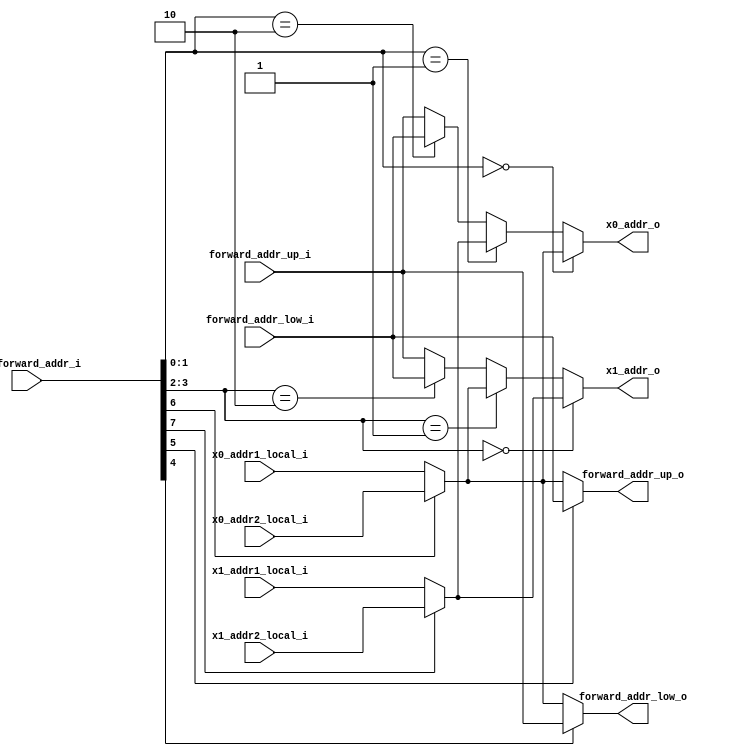
// This program was cloned from: https://github.com/colognechip/gatemate_ila
// License: GNU General Public License v3.0

// Company           :   racyics
//
// Project Name      :   p_cc
// Subproject Name   :   s_fpga, dpsram_block_4x512x20
// Description       :   <short description>
//
// Create Date       :   
// Last Change       :   $Date: 2015-03-26 09:25:47 +0100 (Thu, 26 Mar 2015) $
// by                :   $Author: winter $
//------------------------------------------------------------

module forward_selection_addr
  (input  wire [7:0]  cfg_forward_addr_i,
   
   input  wire [15:0] x0_addr1_local_i,
   input  wire [15:0] x0_addr2_local_i,
   input  wire [15:0] x1_addr1_local_i,
   input  wire [15:0] x1_addr2_local_i,
   input  wire [15:0] forward_addr_up_i,
   input  wire [15:0] forward_addr_low_i,
   
   output wire [15:0] forward_addr_up_o,
   output wire [15:0] forward_addr_low_o,
   
   output wire [15:0] x0_addr_o,
   output wire [15:0] x1_addr_o
   );

   wire [15:0] x0_addr_local;
   wire [15:0] x1_addr_local;
                      
   assign x0_addr_local = (cfg_forward_addr_i[6]==1'b0) ? x0_addr1_local_i : x0_addr2_local_i;
   assign x1_addr_local = (cfg_forward_addr_i[7]==1'b0) ? x1_addr1_local_i : x1_addr2_local_i;


   assign x0_addr_o = (cfg_forward_addr_i[1:0]==2'b00) ? x0_addr_local : 
                      (cfg_forward_addr_i[1:0]==2'b01) ? x1_addr_local : 
                      (cfg_forward_addr_i[1:0]==2'b10) ? forward_addr_low_i : 
                                                         forward_addr_up_i;

   assign x1_addr_o = (cfg_forward_addr_i[3:2]==2'b00) ? x1_addr_local : 
                      (cfg_forward_addr_i[3:2]==2'b01) ? x0_addr_local : 
                      (cfg_forward_addr_i[3:2]==2'b10) ? forward_addr_low_i : 
                                                         forward_addr_up_i;

   assign forward_addr_up_o  = (cfg_forward_addr_i[5]==1'b0) ? x0_addr_local : 
                                                               forward_addr_low_i;

   assign forward_addr_low_o = (cfg_forward_addr_i[4]==1'b0) ? x0_addr_local : 
                                                               forward_addr_up_i;
   
endmodule